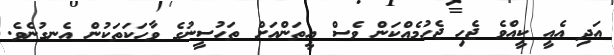
އަދި އެއީ ކީއްވެ ޖެހި ޖެހުމެއްކަން ވެސް އީތަންއަށް ތަހުސީނުގެ ވާހަކަތަކުން އެނގުނެވެ.